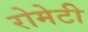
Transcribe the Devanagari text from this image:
रोमेटी